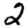
Digit: 2